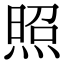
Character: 照